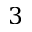
3